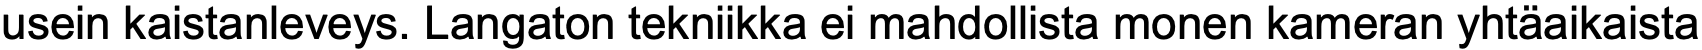
usein kaistanleveys. Langaton tekniikka ei mahdollista monen kameran yhtäaikaista